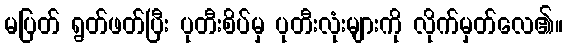
မပြတ် ရွတ်ဖတ်ပြီး ပုတီးစိပ်မှ ပုတီးလုံးများကို လိုက်မှတ်လေ၏။